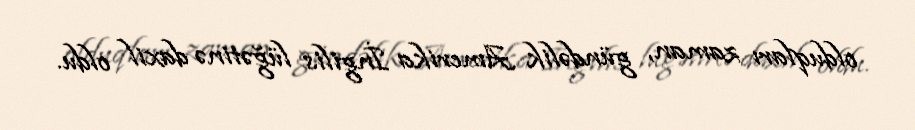
olduqları zaman, gündəlik Amerika İngilis lüğətinə daxil oldu.